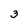
Character: 3